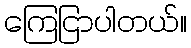
ကြေငြာပါတယ်။